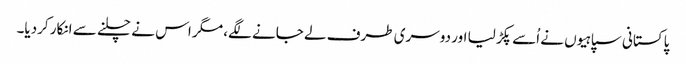
پاکستانی سپاہیوں نے اُسے پکڑ لیا اور دوسری طرف لے جانے لگے، مگر اس نے چلنے سے انکار کردیا۔